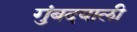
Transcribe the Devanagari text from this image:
गुंबदवाली